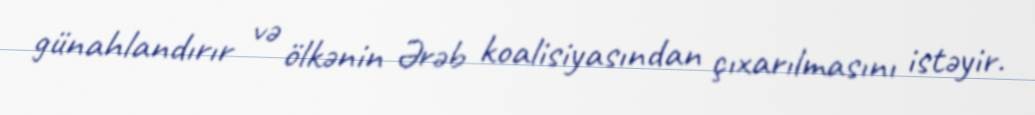
günahlandırır və ölkənin Ərəb koalisiyasından çıxarılmasını istəyir.